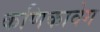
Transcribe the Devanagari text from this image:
कणिकावेग